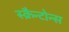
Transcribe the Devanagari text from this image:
स्क्रैन्टोन्स